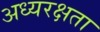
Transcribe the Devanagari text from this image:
अध्यरक्षता